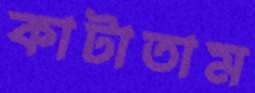
কাটাতাম